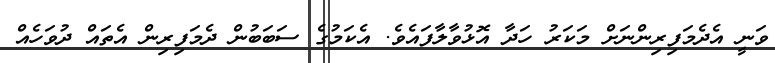
ވަނީ އެދެމަފިރިންނަށް މަކަރު ހަދާ އޮޅުވާލާފައެވެ. އެކަމުގެ ސަބަބުން ދެމަފިރިން އެތައް ދުވަހެއް